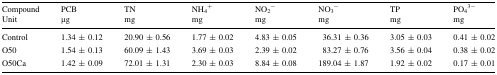
| CompoundUnit | PCBμg | TNmg | NH4+mg | NO2−mg | NO3−mg | TPmg | PO43−mg |
 | --- | --- | --- | --- | --- | --- | --- | --- |
 | Control | 1.34 ± 0.12 | 20.90 ± 0.56 | 1.77 ± 0.02 | 4.83 ± 0.05 | 36.31 ± 0.36 | 3.05 ± 0.03 | 0.41 ± 0.02 |
 | O50 | 1.54 ± 0.13 | 60.09 ± 1.43 | 3.69 ± 0.03 | 2.39 ± 0.02 | 83.27 ± 0.76 | 3.56 ± 0.04 | 0.38 ± 0.02 |
 | O50Ca | 1.42 ± 0.09 | 72.01 ± 1.31 | 2.30 ± 0.03 | 8.84 ± 0.08 | 189.04 ± 1.87 | 1.92 ± 0.02 | 0.17 ± 0.01 |